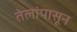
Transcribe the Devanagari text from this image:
तेलांपासून